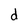
Character: d